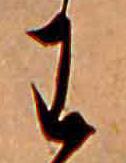
わ